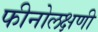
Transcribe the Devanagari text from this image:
फीनोलक्षणी